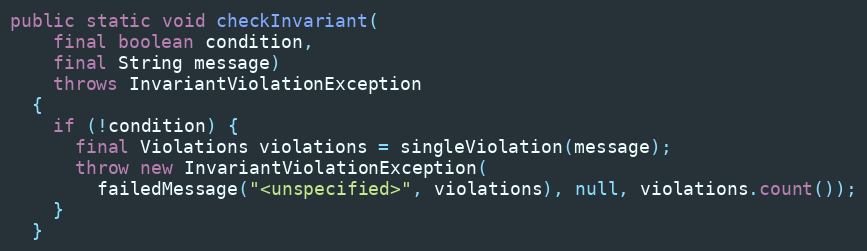
Language: Java
public static void checkInvariant(
    final boolean condition,
    final String message)
    throws InvariantViolationException
  {
    if (!condition) {
      final Violations violations = singleViolation(message);
      throw new InvariantViolationException(
        failedMessage("<unspecified>", violations), null, violations.count());
    }
  }